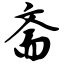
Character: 斋